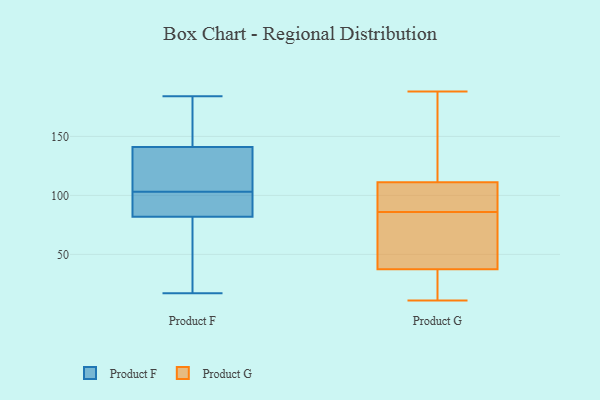
{"axis": {"x": "Production Output", "y": "Value"}, "legend": ["Product F", "Product G"], "data": [{"x": "", "y": 17, "type": "Product F"}, {"x": "", "y": 184, "type": "Product F"}, {"x": "", "y": 83, "type": "Product F"}, {"x": "", "y": 96, "type": "Product F"}, {"x": "", "y": 82, "type": "Product F"}, {"x": "", "y": 145, "type": "Product F"}, {"x": "", "y": 106, "type": "Product F"}, {"x": "", "y": 135, "type": "Product F"}, {"x": "", "y": 100, "type": "Product F"}, {"x": "", "y": 53, "type": "Product F"}, {"x": "", "y": 141, "type": "Product F"}, {"x": "", "y": 120, "type": "Product F"}, {"x": "", "y": 42, "type": "Product F"}, {"x": "", "y": 165, "type": "Product F"}, {"x": "", "y": 40, "type": "Product G"}, {"x": "", "y": 96, "type": "Product G"}, {"x": "", "y": 16, "type": "Product G"}, {"x": "", "y": 30, "type": "Product G"}, {"x": "", "y": 78, "type": "Product G"}, {"x": "", "y": 59, "type": "Product G"}, {"x": "", "y": 72, "type": "Product G"}, {"x": "", "y": 115, "type": "Product G"}, {"x": "", "y": 108, "type": "Product G"}, {"x": "", "y": 176, "type": "Product G"}, {"x": "", "y": 110, "type": "Product G"}, {"x": "", "y": 86, "type": "Product G"}, {"x": "", "y": 188, "type": "Product G"}, {"x": "", "y": 95, "type": "Product G"}, {"x": "", "y": 175, "type": "Product G"}, {"x": "", "y": 27, "type": "Product G"}, {"x": "", "y": 11, "type": "Product G"}]}